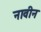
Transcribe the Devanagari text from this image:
नावीन